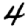
Digit: 4